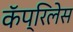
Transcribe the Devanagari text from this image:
कॅप्रिलेस